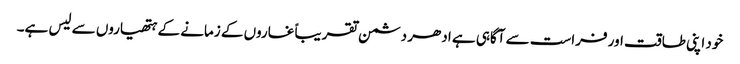
خود اپنی طاقت اور فراست سے آگاہی ہے ادھر دشمن تقریباً غاروں کے زمانے کے ہتھیاروں سے لیس ہے۔